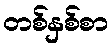
တစ်နှစ်စာ